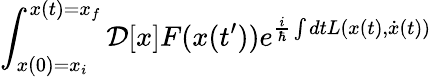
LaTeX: \int_{x(0)=x_{i}}^{x(t)=x_{f}}{\mathcal{D}}[x]F(x(t^{\prime}))e^{{\frac{i}{\hbar}}\int dtL(x(t),{\dot{x}}(t))}